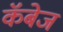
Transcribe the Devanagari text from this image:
कॅबेज